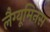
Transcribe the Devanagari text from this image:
लैग्यूमिनस